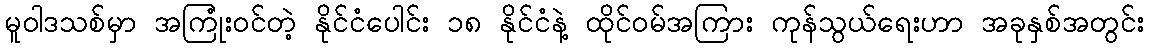
မူဝါဒသစ်မှာ အကြုံးဝင်တဲ့ နိုင်ငံပေါင်း ၁၈ နိုင်ငံနဲ့ ထိုင်ဝမ်အကြား ကုန်သွယ်ရေးဟာ အခုနှစ်အတွင်း